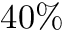
4 0 \%